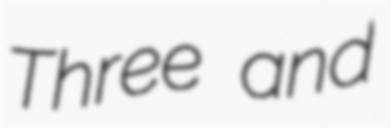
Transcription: Three and